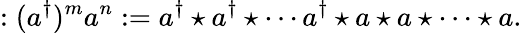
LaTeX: :(a^{\dagger})^{m}a^{n}:=a^{\dagger}\star a^{\dagger}\star\cdots a^{\dagger}\star a\star a\star\cdots\star a.